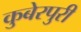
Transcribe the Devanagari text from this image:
कुबेरपुरी